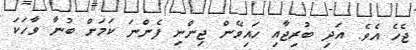
ޖެހެ އެވެ. އަދި ބުރިޖާއި ހައިވޭން ޖިންނި ފެންނަ ކަމަށް ބުނާ ވާހަކަ